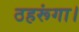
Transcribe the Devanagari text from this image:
ठहरूंगा।